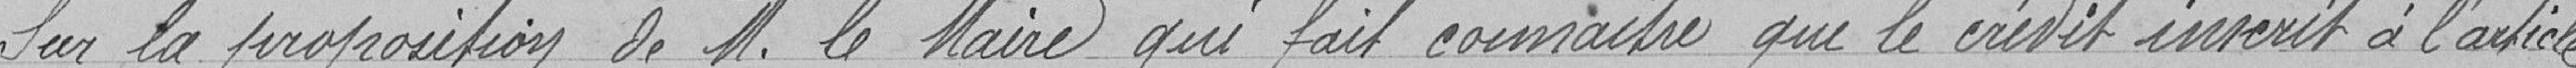
Sur la proposition de Monsieur le Maire qui fait connaître que le crédit inscrit à l'article